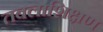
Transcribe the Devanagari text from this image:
तबलाशिक्षण